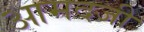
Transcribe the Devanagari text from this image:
आमदजी